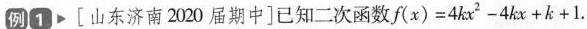
例1▶[山东济南2020届期中]已知二次函数$$f ( x ) = 4 k x ^ { 2 } - 4 k x + k + 1$$.